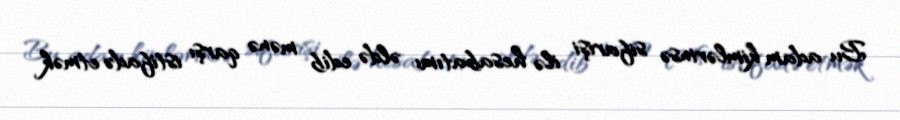
Bu adam kimlərinsə sifarişi ilə hesabatımı əldə edib mənə qarşı istifadə etmək